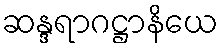
ဆန္ဒရာဂဋ္ဌာနိယေ